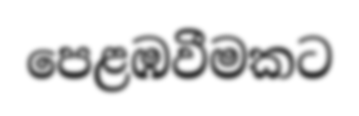
පෙළඹවීමකට